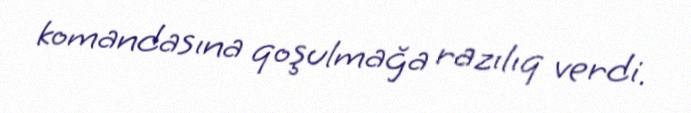
komandasına qoşulmağa razılıq verdi.